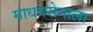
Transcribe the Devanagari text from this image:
माधवसेनाला